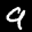
Label: 9